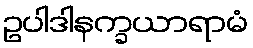
ဥပါဒါနက္ခယာရာမံ